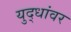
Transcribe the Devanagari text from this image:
युद्धांवर